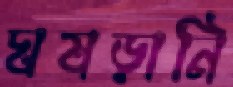
ঘষড়ানি